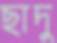
ছাদু